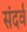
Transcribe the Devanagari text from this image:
संदर्व